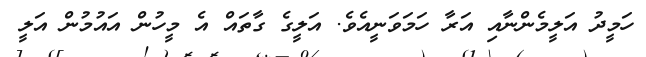
ހަމީދު އަލީމެންނާއި އަރާ ހަމަވަނީއެވެ. އަލީގެ ގާތައް އެ މީހުން އައުމުން އަލީ